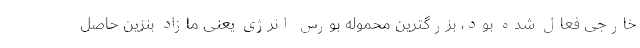
خارجی فعال شده بود، بزرگترین محموله بورس انرژی یعنی مازاد بنزین حاصل